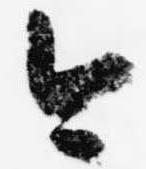
今